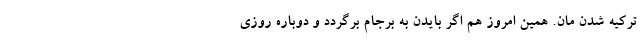
ترکیه شدن مان. همین امروز هم اگر بایدن به برجام برگردد و دوباره روزی